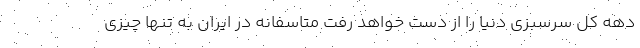
دهه کل سرسبزی دنیا را از دست خواهد رفت متاسفانه در ایران به تنها چیزی